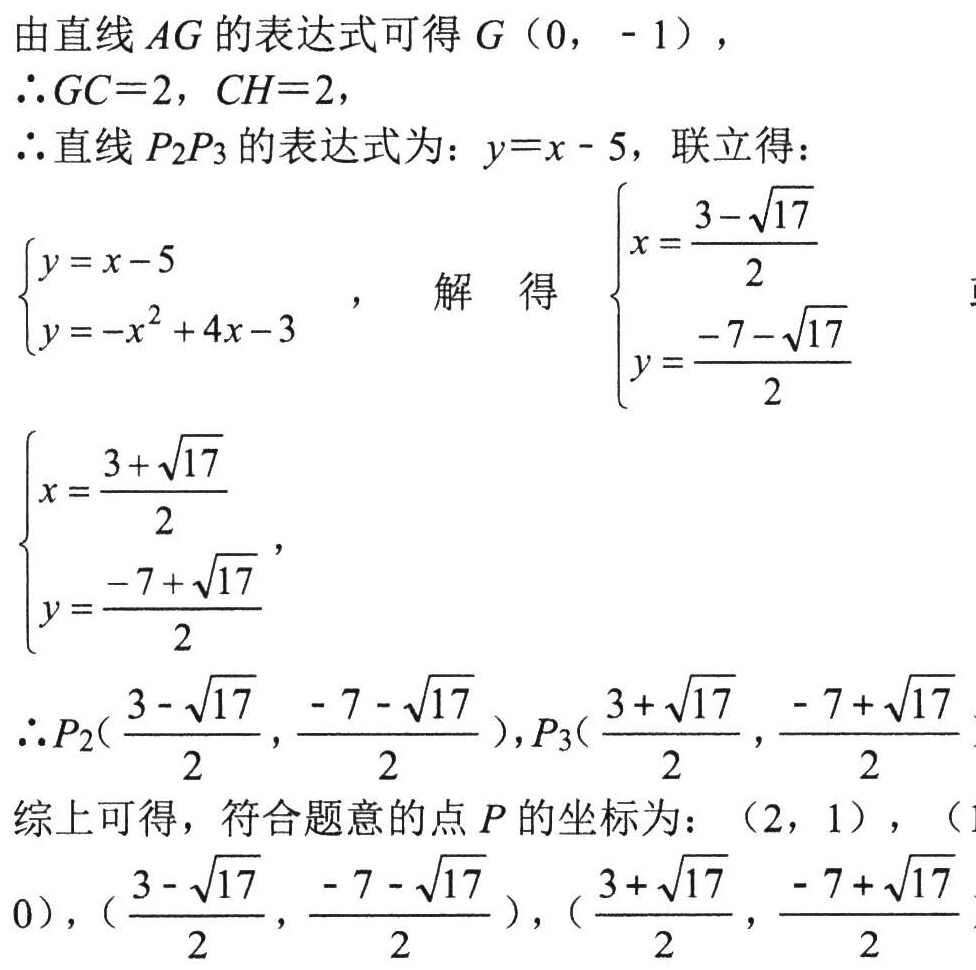
由直线 \(AG\) 的表达式可得 \(G(0, - 1)\)，
\(\therefore GC = 2\)，\(CH = 2\)，
\(\therefore\)直线 \(P_2P_3\) 的表达式为：\(y = x - 5\)，联立得：
\(\begin{cases}y = x - 5\\y = -x^{2}+4x - 3\end{cases}\)，解得 \(\begin{cases}x=\dfrac{3 - \sqrt{17}}{2}\\y=\dfrac{-7 - \sqrt{17}}{2}\end{cases}\)
\(\begin{cases}x=\dfrac{3 + \sqrt{17}}{2}\\y=\dfrac{-7 + \sqrt{17}}{2}\end{cases}\)
\(\therefore P_2(\dfrac{3 - \sqrt{17}}{2},\dfrac{-7 - \sqrt{17}}{2})\)，\(P_3(\dfrac{3 + \sqrt{17}}{2},\dfrac{-7 + \sqrt{17}}{2})\)
综上可得，符合题意的点 \(P\) 的坐标为：\((2,1)\)，\((1,0)\)，\((\dfrac{3 - \sqrt{17}}{2},\dfrac{-7 - \sqrt{17}}{2})\)，\((\dfrac{3 + \sqrt{17}}{2},\dfrac{-7 + \sqrt{17}}{2})\)